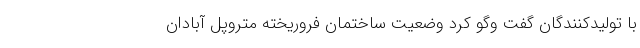
با تولیدکنندگان گفت و‌گو کرد وضعیت ساختمان فروریخته متروپل آبادان